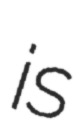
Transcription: is